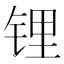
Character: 锂